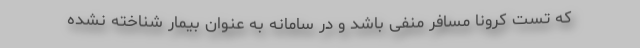
که تست کرونا مسافر منفی باشد و در سامانه به عنوان بیمار شناخته نشده